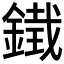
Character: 𮢨